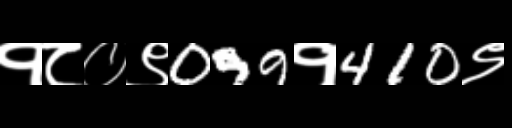
Text: १८०९099१410९